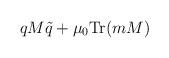
LaTeX: \begin{align*}qM\tilde{q} + \mu_0\mbox{Tr}(mM)\end{align*}